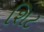
શિટ